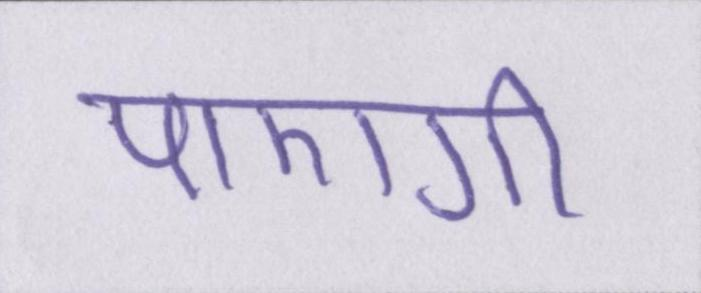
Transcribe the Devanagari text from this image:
पाएगी